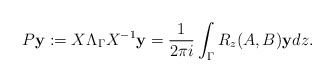
\begin{align*}P{\bf y}:=X \Lambda_{\Gamma} X^{-1} {\bf y} = \dfrac{1}{2 \pi i} \int_{\Gamma} R_z(A, B){\bf y} {d} z.\end{align*}